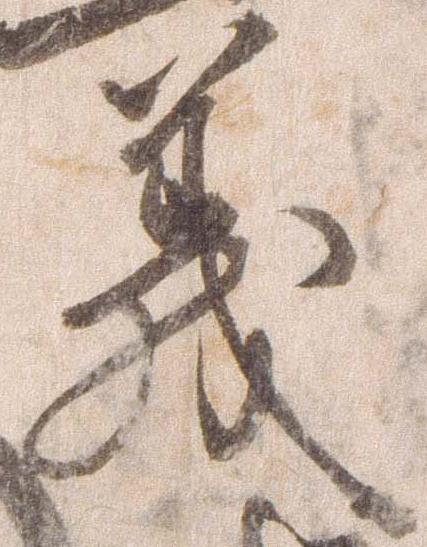
義